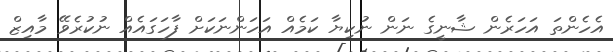
އެހެންތަ އަހަރެން ޝާނީގެ ނަން ނުކިޔާ ކަމެއް އަހަންނަކަށް ފާހަގައެއް ނުކުރެވޭ މާއިޒް